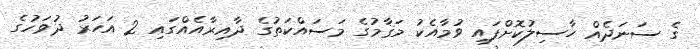
ގެ ސަނަދެއް ހާސިލުކޮށްފައި ވުމާއެކު މަޤާމުގެ މަސައްކަތުގެ ދާއިރާއެއްގައި 2 އަހަރު ދުވަހުގެ